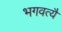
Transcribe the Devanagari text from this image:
भगवत्यै